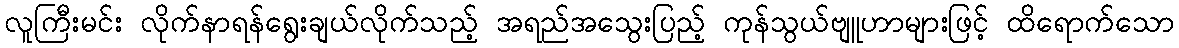
လူကြီးမင်း လိုက်နာရန်ရွေးချယ်လိုက်သည့် အရည်အသွေးပြည့် ကုန်သွယ်ဗျူဟာများဖြင့် ထိရောက်သော